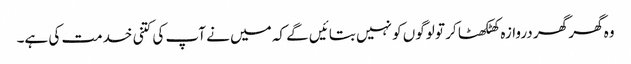
وہ گھر گھر دروازہ کھٹکھٹا کر تو لوگوں کو نہیں بتائیں گے کہ میں نے آپ کی کتنی خدمت کی ہے۔